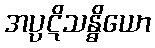
အပ္ပဋိသန္ဓိယော